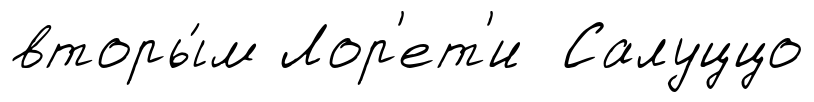
вторы́м Лор'ет'и Салуццо